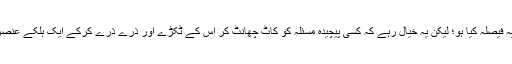
ہوسکتا ہے لوگوں کی نیک نیتی کے پیش نظر یوگا کو جائز قرار دینے والوں نے یہ فیصلہ کیا ہو؛ لیکن یہ خیال رہے کہ کسی پیچیدہ مسئلہ کو کاٹ چھانٹ کر اس کے ٹکڑے اور ذرے ذرے کرکے ایک ہلکے عنصر کو لے کر جواز کا حکم صادر کرنا دور بینی سے الگ نجی فیصلہ قرار پائے گا۔